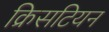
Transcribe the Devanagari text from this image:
क्रिसटियन